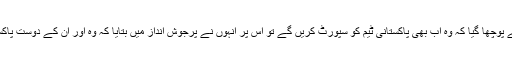
انٹرویو میں جب ان سے پوچھا گیا کہ وہ اب بھی پاکستانی ٹیم کو سپورٹ کریں گے تو اس پر انہوں نے پرجوش انداز میں بتایا کہ وہ اور ان کے دوست پاکستانی ٹیم کے ساتھ ہیں۔